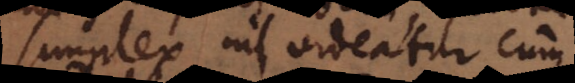
simplex nil videatur cum